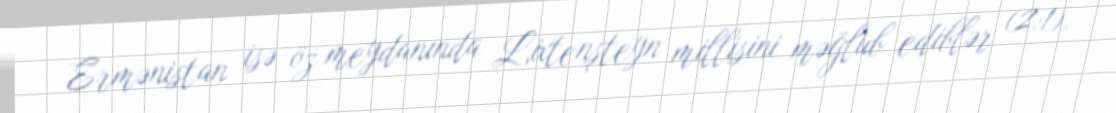
Ermənistan isə öz meydanında Lixtenşteyn millisini məğlub ediblər (2:1).